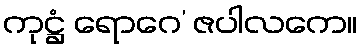
ကုဋ္ဌံ ရောဂေ’ ဇပါလကေ။